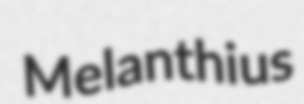
Melanthius